Vaccination in Bombay 1889-1901 - 1889-1901
Year: 1889
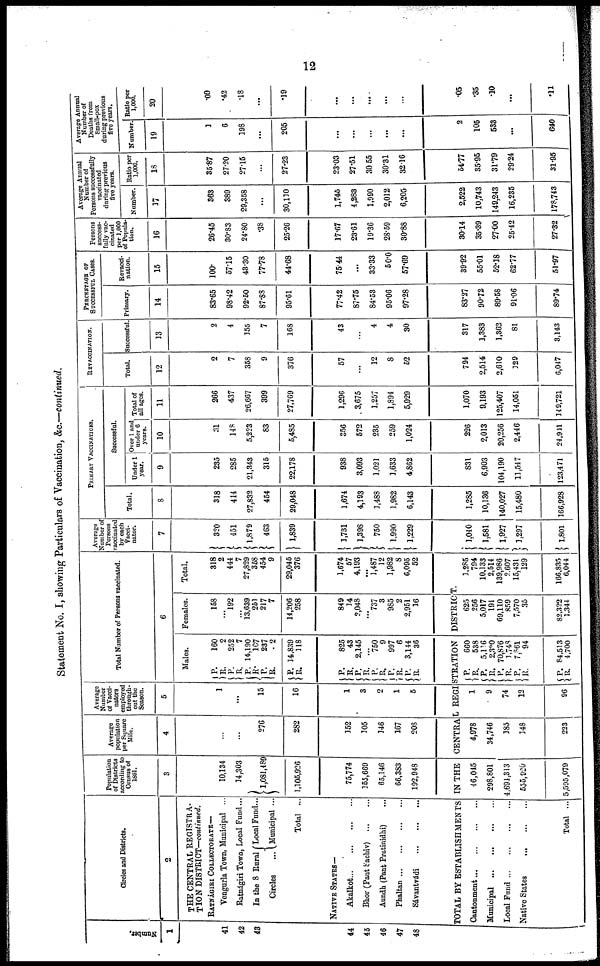
12
Statement No. I, showing Particulars of Vaccination, &c.—continued.
Number.
1
41
42
43
44
45
46
47
43
Circles and Districts.
2
THE CENTRAL REGISTRA-
TION DISTRICT—continued.
RATNÁGIRI COLLECTORATE—
Vengurla Town, Municipal ...
Ratnágiri Town, Local Fund...
In the 8 Rural
Circles ...
Local Fund...
Municipal ...
Total ...
NATIVE STATES—
Akalkot
...
...
...
...
Bhor (Pant Sachiv) ... ...
Aundh (Pant Pratinidhi) ...
Phaltan
...
...
...
...
Sávantvádi
...
...
...
Population
of Districts
according to
Census of
1891.
3
10,134
14,303
1,081,489
1,105,926
75,774
155,669
65,146
66,383
192,948
Average
population
per Square
Mile.
4
...
...
276
282
152
105
146
167
208
Average
Number
of Vacci-
nators
employed
through-
out the
Season.
5
1
...
15
16
1
3
2
1
5
Total Number of Persons vaccinated.
6
Males.
P.
R.
P.
R.
P. R.
P.
R.
P.
R.
P.
R.
P. R.
P.
R.
P.
R.
P. R.
160
2
252
7
14,190
107
237
2
14,839
118
825
43
2,145
... 750
9
997
6
3,144
36
Females.
158
...
192
...
13,639
251
217
7
14,206
258
849
14
2,048
... 737
3
985
2
2,951
16
Total.
318
2
444
7
27,829
358
454
9
29,045
376
1,674
57
4,193
... 1,487
12
1,982
8
6,095
52
TOTAL BY ESTABLISHMENTS IN THE CENTRAL REGISTRATION DISTRICT.
Cantonment
...
...
...
...
Municipal
...
...
...
...
Local Fund
...
...
...
...
Native States
...
...
...
Total ...
46,045
298,801
4,691,313
555,920
5,595,079
4,978
34,746
185
148
223
1
9
74
12
96
P.
R.
P. R.
P.
R.
P.
R.
P.
R.
660
538
5,116
2,300
70,876
1,748
7,861
94
84,513
4,700
625
256
5,017
191
69,110
859
7,570
35
82,322
1,344
1,285
794
10,133
2,514
139,986
2,607
15,431
129
166,835
6,044
Average
Number of
Persons
vaccinated
by each
Vacci-
nator.
7
320
451
1,879
463
1,839
1,731
1,398
750
1,990
1,229
1,040
1,581
1,927
1,297
1,801
PRIMARY VACCINATIONS.
Successful.
Total.
8
318
414
27,832
454
29,048
1,674
4,193
1,488
1,982
6,143
1,285
10,136
140,027
15,480
166,928
Under 1
year.
9
235
285
21,343
315
22,178
938
3,093
1,021
1,633
4,862
831
6,903
104,190
11,547
123,471
Over 1 and
under 6
years.
10
31
148
5,223
83
5,485
356
572
235
259
1,024
226
2,013
20,256
2,446
24,941
Total of
all ages.
11
266
437
26,667
399
27,769
1,296
3,675
1,257
1,894
5,929
1,070
9,193
125,407
14,051
149,721
REVACCINATION.
Total.
12
2
7
358
9
376
57
...
12
8
52
794
2,514
2,610
129
6,047
Successful.
13
2
4
155
7
168
43
...
4
4
30
317
1,383
1,362
81
3,143
PERCENTAGE OF
SUCCESSFUL CASES.
Primary.
14
83.65
98.42
92.60
87.88
95.61
77.42
87.75
84.53
95.06
97.28
83.27
90.72
89.58
91.06
89.74
Revacci-
nation.
15
100.
57.15
43.30
77.78
44.68
75.44
...
33.33
50.0
57.69
39.92
55.01
52.18
62.77
51.97
Persons
success-
fully vac-
cinated
per 1,000
of Popula-
tion.
16
26.45
30.83
24.80
.38
25.26
17.67
23.61
19.36
28.59
30.88
30.14
35.39
27.00
25.42
27.32
Average Annual
Number of
Persons successfully
vaccinated
during previous
five years.
Number.
17
363
389
29,358
...
30,110
1,745
4,283
1,990
2,012
6,205
2,522
10,743
149,243
16,235
178,743
Ratio per
1,000.
18
35.87
27.20
27.15
...
27.23
23.03
27.51
30.55
30.31
32.16
54.77
35.95
31.79
29.24
31.95
Average Annual
Number of
Deaths from
Small-pox
during previous
five years.
Number.
19
1
6
198
...
205
...
...
...
...
...
2
105
533
...
640
Ratio per
1,000.
20
.09
.42
.18
...
.19
...
...
...
...
...
.05
.35
.10
...
.11